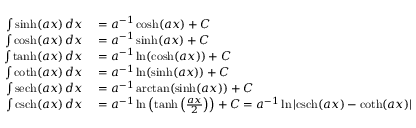
\begin{array} { r l } { \int \sinh ( a x ) \, d x } & { { } = a ^ { - 1 } \cosh ( a x ) + C } \\ { \int \cosh ( a x ) \, d x } & { { } = a ^ { - 1 } \sinh ( a x ) + C } \\ { \int \operatorname { t a n h } ( a x ) \, d x } & { { } = a ^ { - 1 } \ln ( \cosh ( a x ) ) + C } \\ { \int \coth ( a x ) \, d x } & { { } = a ^ { - 1 } \ln ( \sinh ( a x ) ) + C } \\ { \int \operatorname { s e c h } ( a x ) \, d x } & { { } = a ^ { - 1 } \arctan ( \sinh ( a x ) ) + C } \\ { \int \operatorname { c s c h } ( a x ) \, d x } & { { } = a ^ { - 1 } \ln \left( \operatorname { t a n h } \left( { \frac { a x } { 2 } } \right) \right) + C = a ^ { - 1 } \ln \left| \operatorname { c s c h } ( a x ) - \coth ( a x ) \right| + C } \end{array}